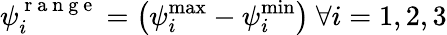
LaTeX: \psi_{i}^{\mathrm{~r~a~n~g~e~}}=\big(\psi_{i}^{\operatorname*{max}}-\psi_{i}^{\operatorname*{min}}\big)\ \forall i=1,2,3